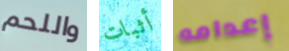
واللحم أثبات إعدامه